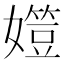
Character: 𡢒